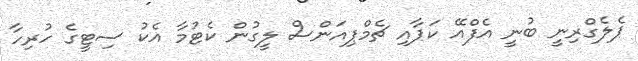
ޕެލެގްރިނީ ބުނީ އެފްއޭ ކަޕާއި ޗެމްޕިއަންސް ލީގުން ކެޓުމާ އެކު ސިޓީގެ ހުރިހާ